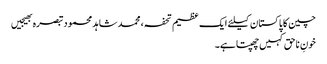
چین کا پاکستان کیلئے ایک عظیم تحفہ، محمد شاہد محمودتبصرہ بھیجیں
خونِ ناحق کہیں چھپتاہے۔